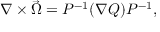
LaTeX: \nabla \times \vec { \Omega } = P ^ { - 1 } ( \nabla Q ) P ^ { - 1 } ,